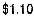
$1.10